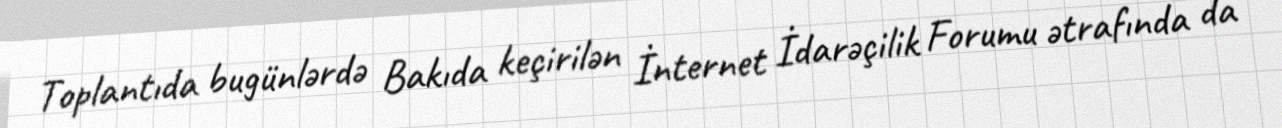
Toplantıda bugünlərdə Bakıda keçirilən İnternet İdarəçilik Forumu ətrafında da